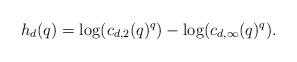
LaTeX: \begin{align*}h_d(q) = \log(c_{d,2}(q)^q)-\log(c_{d,\infty}(q)^q).\end{align*}